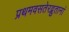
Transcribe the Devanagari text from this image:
प्रथमवसतेरद्भुतानां